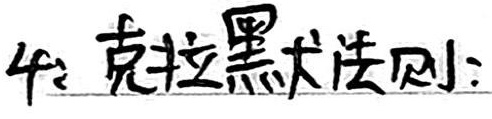
4：克拉默法则：